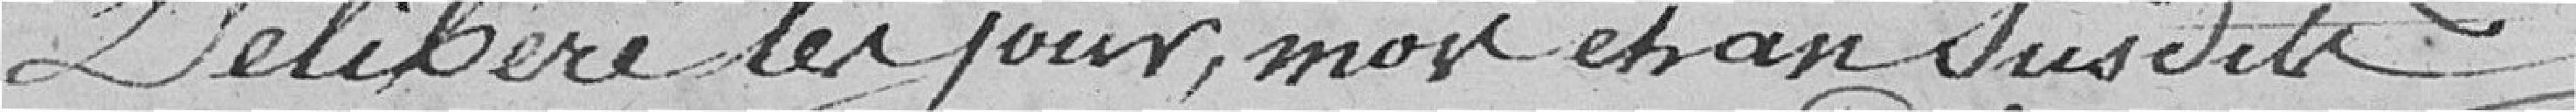
Délibéré les jours, mois et ans sus dits